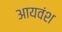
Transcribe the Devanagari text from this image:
आयवंश